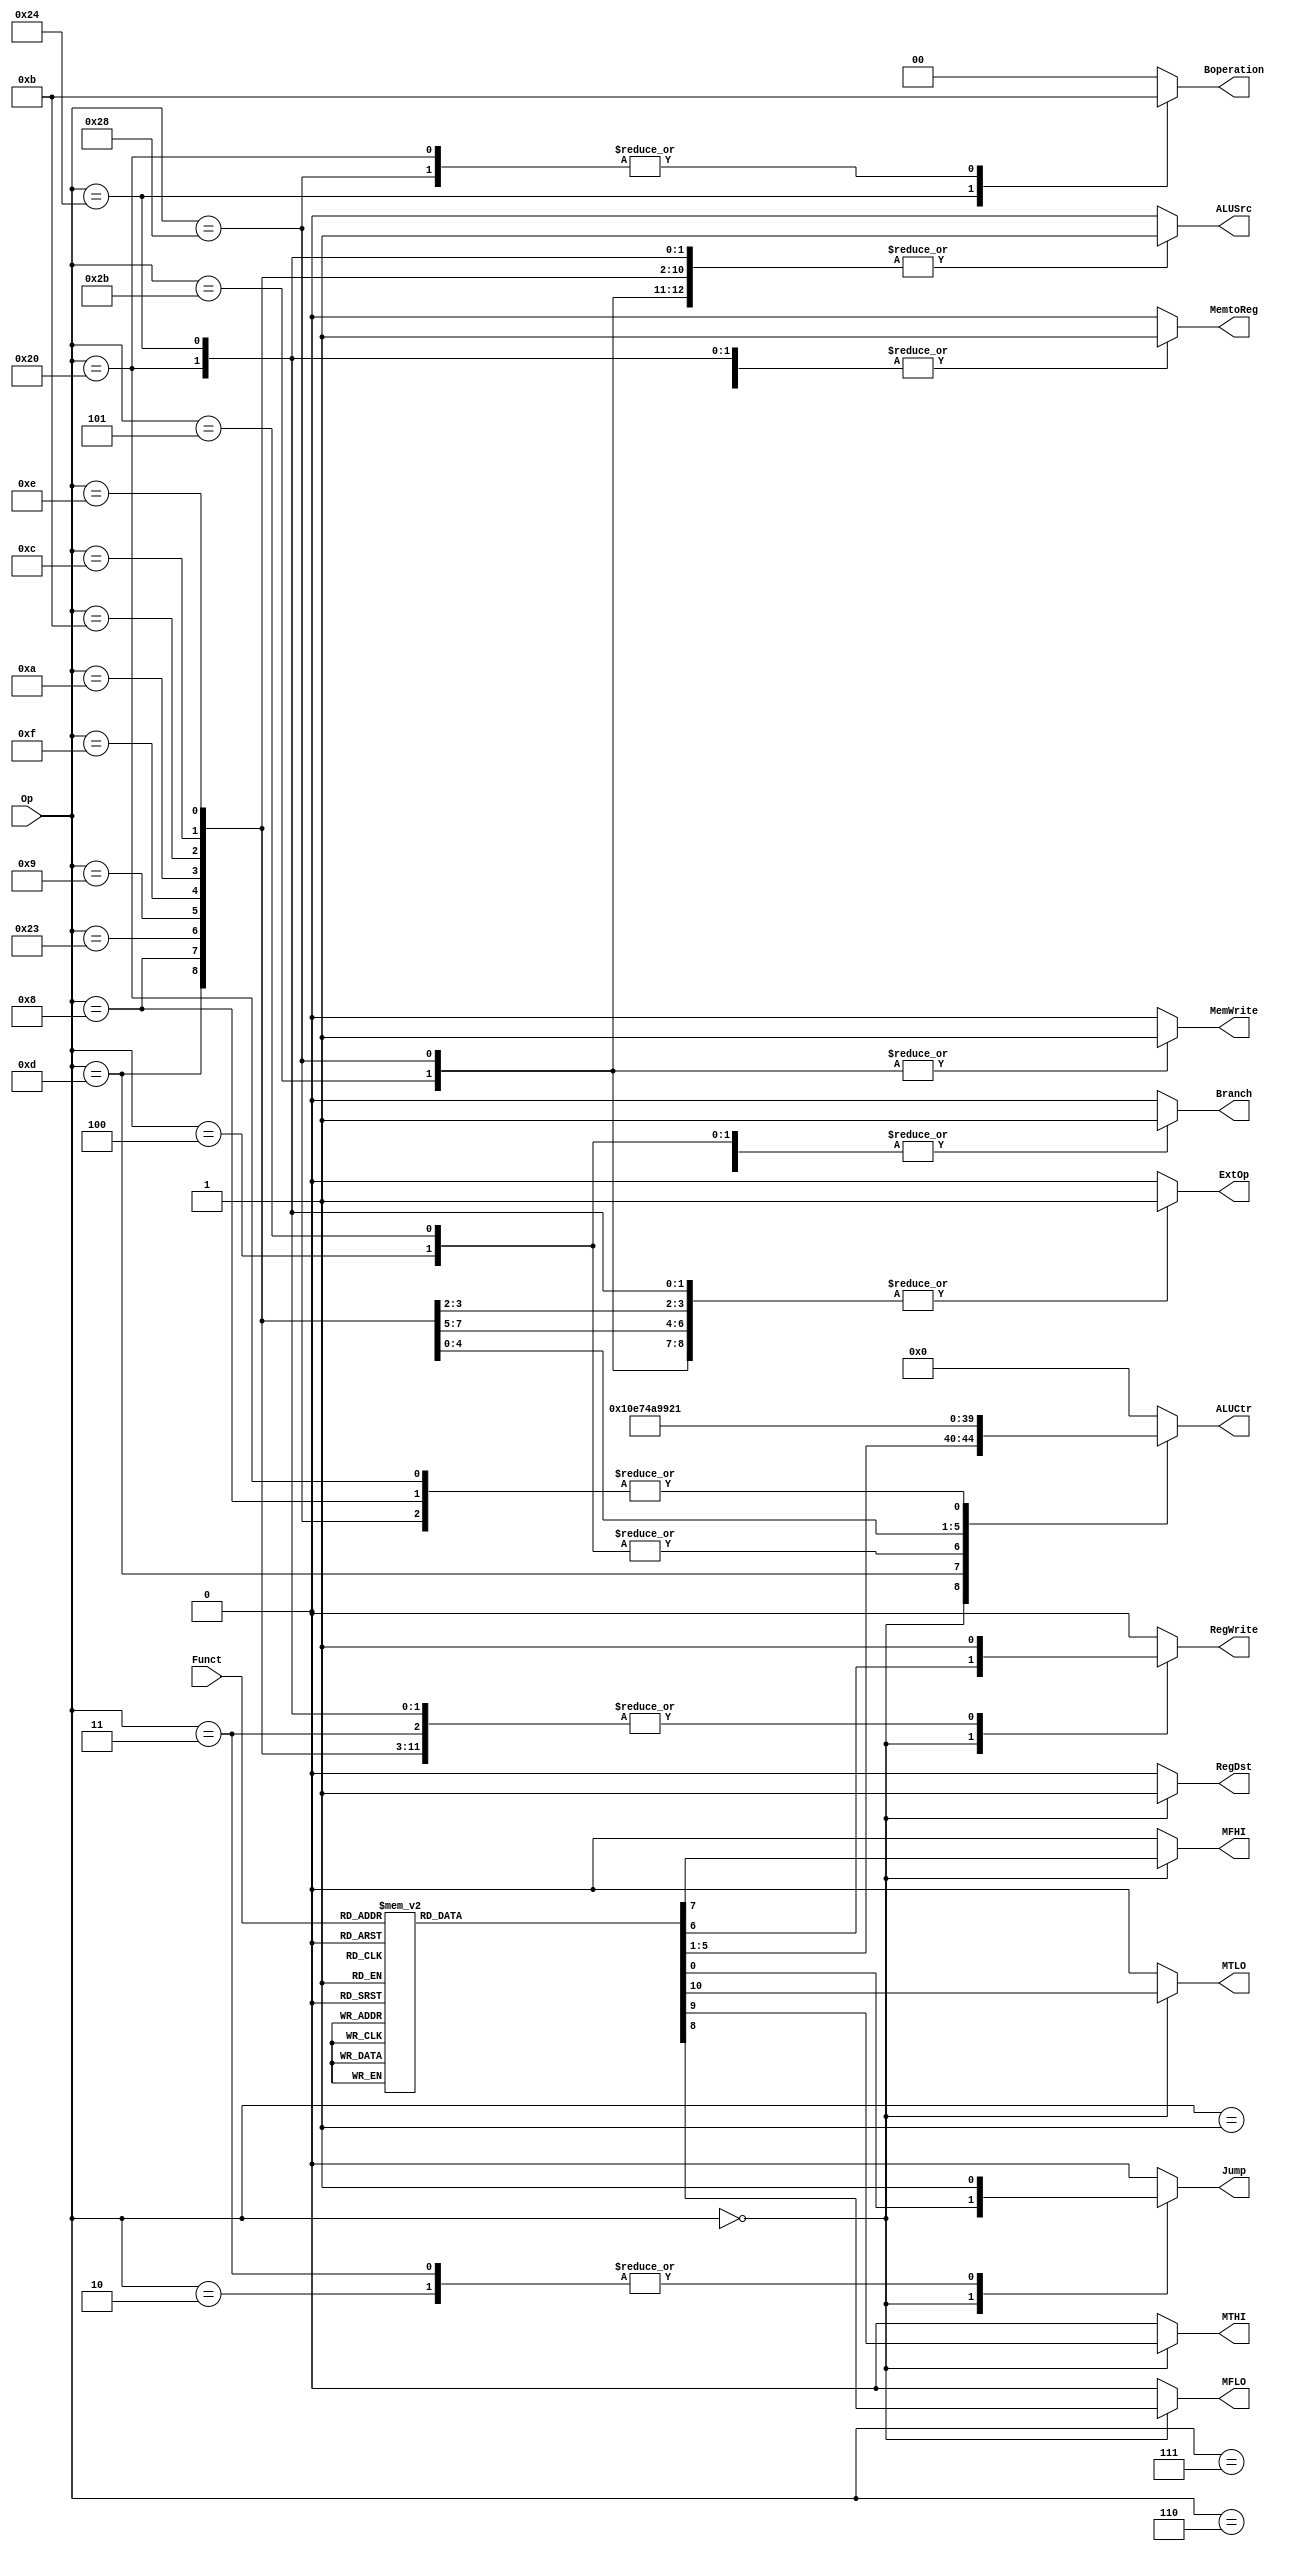
//
module Control_signal(Op,Funct,RegDst,ALUSrc,MemtoReg,RegWrite,MemWrite,Branch,Jump,ExtOp,ALUCtr,Boperation,MFLO,MFHI,MTLO,MTHI);

//Control
input [5:0] Op;													
input [5:0] Funct;

output reg RegDst;
output reg ALUSrc;
output reg MemtoReg;
output reg RegWrite;
output reg MemWrite;
output reg Branch;
output reg Jump;
output reg ExtOp;
output reg MFLO;
output reg MFHI;
output reg MTLO;
output reg MTHI;
output reg [1:0] Boperation;
output reg [4:0] ALUCtr;

always@(*) begin
	case(Op) 
		6'b000000: begin													//R
					Boperation<=0;Branch<=0;RegDst<=1;ALUSrc<=0;MemtoReg<=0;MemWrite<=0;ExtOp<=0;
					case(Funct)
						6'b100000: begin									//add
									Jump<=0;ALUCtr<=5'b00001;RegWrite<=1;MFHI<=0;MFLO<=0;MTHI<=0;MTLO<=0;
								   end
						6'b100001: begin									//addu
									Jump<=0;ALUCtr<=5'b00000;RegWrite<=1;MFHI<=0;MFLO<=0;MTHI<=0;MTLO<=0;
								   end
						6'b100010: begin									//sub
									Jump<=0;ALUCtr<=5'b00100;RegWrite<=1;MFHI<=0;MFLO<=0;MTHI<=0;MTLO<=0;
								   end
						6'b100011: begin									//subu
									Jump<=0;ALUCtr<=5'b00011;RegWrite<=1;MFHI<=0;MFLO<=0;MTHI<=0;MTLO<=0;
								   end
						6'b101010: begin									//slt()
									Jump<=0;ALUCtr<=5'b00101;RegWrite<=1;MFHI<=0;MFLO<=0;MTHI<=0;MTLO<=0;
								   end
						6'b100100: begin									//and
									Jump<=0;ALUCtr<=5'b00110;RegWrite<=1;MFHI<=0;MFLO<=0;MTHI<=0;MTLO<=0;
								   end
						6'b100111: begin									//nor()
									Jump<=0;ALUCtr<=5'b00111;RegWrite<=1;MFHI<=0;MFLO<=0;MTHI<=0;MTLO<=0;
								   end
						6'b100101: begin									//or()
									Jump<=0;ALUCtr<=5'b00010;RegWrite<=1;MFHI<=0;MFLO<=0;MTHI<=0;MTLO<=0;
								   end
						6'b100110: begin									//xor()
									Jump<=0;ALUCtr<=5'b01001;RegWrite<=1;MFHI<=0;MFLO<=0;MTHI<=0;MTLO<=0;
								   end
						6'b000000: begin									//SLL()
									Jump<=0;ALUCtr<=5'b01010;RegWrite<=1;MFHI<=0;MFLO<=0;MTHI<=0;MTLO<=0;
								   end
						6'b000010: begin									//SrL()
									Jump<=0;ALUCtr<=5'b01011;RegWrite<=1;MFHI<=0;MFLO<=0;MTHI<=0;MTLO<=0;
								   end
						6'b101011: begin									//SLtu()
									Jump<=0;ALUCtr<=5'b01100;RegWrite<=1;MFHI<=0;MFLO<=0;MTHI<=0;MTLO<=0;
								   end
						6'b001001: begin									//jalr
									Jump<=1;ALUCtr<=5'b00000;RegWrite<=1;MFHI<=0;MFLO<=0;MTHI<=0;MTLO<=0;
								   end
						6'b001000: begin									//jr
									Jump<=1;ALUCtr<=5'b00000;RegWrite<=1;MFHI<=0;MFLO<=0;MTHI<=0;MTLO<=0;
								   end
						6'b000100: begin									//SLLV()
									Jump<=0;ALUCtr<=5'b01111;RegWrite<=1;MFHI<=0;MFLO<=0;MTHI<=0;MTLO<=0;
								   end
						6'b000011: begin									//Sra()
									Jump<=0;ALUCtr<=5'b10000;RegWrite<=1;MFHI<=0;MFLO<=0;MTHI<=0;MTLO<=0;
								   end
						6'b000111: begin									//Srav()
									Jump<=0;ALUCtr<=5'b10001;RegWrite<=1;MFHI<=0;MFLO<=0;MTHI<=0;MTLO<=0;
								   end
						6'b000110: begin									//Srlv()
									Jump<=0;ALUCtr<=5'b10010;RegWrite<=1;MFHI<=0;MFLO<=0;MTHI<=0;MTLO<=0;
								   end		   
						6'b011000: begin									//MULT
									Jump<=0;ALUCtr<=5'b10110;RegWrite<=0;MFHI<=0;MFLO<=0;MTHI<=1;MTLO<=1;				//
								   end
						6'b010010: begin									//MFLO
									Jump<=0;ALUCtr<=5'b00000;RegWrite<=1;MFHI<=0;MFLO<=1;MTHI<=0;MTLO<=0;
								   end
						6'b010000: begin									//MFHI
									Jump<=0;ALUCtr<=5'b00000;RegWrite<=1;MFHI<=1;MFLO<=0;MTHI<=0;MTLO<=0;
								   end
						6'b010011: begin									//MTLO
									Jump<=0;ALUCtr<=5'b10111;RegWrite<=0;MFHI<=0;MFLO<=0;MTHI<=0;MTLO<=1;
									end
						6'b010001: begin									//MTHI
									Jump<=0;ALUCtr<=5'b11000;RegWrite<=0;MFHI<=0;MFLO<=0;MTHI<=1;MTLO<=0;
									end	
						
						default:   begin
									Jump<=0;ALUCtr<=5'b00000;RegWrite<=0;MFHI<=0;MFLO<=0;MTHI<=0;MTLO<=0;
								   end
					endcase
				   end
		6'b001101: begin			//ori
					Branch<=0;Jump<=0;RegDst<=0;ALUSrc<=1;MemtoReg<=0;RegWrite<=1;MemWrite<=0;ExtOp<=0;ALUCtr<=5'b00010;Boperation<=2'b00;MFHI<=0;MFLO<=0;MTHI<=0;MTLO<=0;
				   end
		6'b001000: begin			//addi
					Branch<=0;Jump<=0;RegDst<=0;ALUSrc<=1;MemtoReg<=0;RegWrite<=1;MemWrite<=0;ExtOp<=1;ALUCtr<=5'b00001;Boperation<=2'b00;MFHI<=0;MFLO<=0;MTHI<=0;MTLO<=0;
				   end
		6'b100011: begin			//lw
					Branch<=0;Jump<=0;RegDst<=0;ALUSrc<=1;MemtoReg<=1;RegWrite<=1;MemWrite<=0;ExtOp<=1;ALUCtr<=5'b00000;Boperation<=2'b00;MFHI<=0;MFLO<=0;MTHI<=0;MTLO<=0;
				   end
		6'b101011: begin			//sw
					Branch<=0;Jump<=0;RegDst<=0;ALUSrc<=1;MemtoReg<=0;RegWrite<=0;MemWrite<=1;ExtOp<=1;ALUCtr<=5'b00000;Boperation<=2'b00;MFHI<=0;MFLO<=0;MTHI<=0;MTLO<=0;
				   end
		6'b000100: begin			//beq
					Branch<=1;Jump<=0;RegDst<=0;ALUSrc<=0;MemtoReg<=0;RegWrite<=0;MemWrite<=0;ExtOp<=0;ALUCtr<=5'b00011;Boperation<=2'b00;MFHI<=0;MFLO<=0;MTHI<=0;MTLO<=0;
				   end
		6'b001001: begin			//addiu
					Branch<=0;Jump<=0;RegDst<=0;ALUSrc<=1;MemtoReg<=0;RegWrite<=1;MemWrite<=0;ExtOp<=1;ALUCtr<=5'b00000;Boperation<=2'b00;MFHI<=0;MFLO<=0;MTHI<=0;MTLO<=0;
				   end
		6'b000101: begin			//bne
					Branch<=1;Jump<=0;RegDst<=0;ALUSrc<=0;MemtoReg<=0;RegWrite<=0;MemWrite<=0;ExtOp<=0;ALUCtr<=5'b00011;Boperation<=2'b00;MFHI<=0;MFLO<=0;MTHI<=0;MTLO<=0;
				   end
		6'b001111: begin			//lui
					Branch<=0;Jump<=0;RegDst<=0;ALUSrc<=1;MemtoReg<=0;RegWrite<=1;MemWrite<=0;ExtOp<=0;ALUCtr<=5'b10011;Boperation<=2'b00;MFHI<=0;MFLO<=0;MTHI<=0;MTLO<=0;
				   end
		6'b001010: begin			//slti
					Branch<=0;Jump<=0;RegDst<=0;ALUSrc<=1;MemtoReg<=0;RegWrite<=1;MemWrite<=0;ExtOp<=1;ALUCtr<=5'b10100;Boperation<=2'b00;MFHI<=0;MFLO<=0;MTHI<=0;MTLO<=0;
				   end
		6'b001011: begin			//sltiu()
					Branch<=0;Jump<=0;RegDst<=0;ALUSrc<=1;MemtoReg<=0;RegWrite<=1;MemWrite<=0;ExtOp<=1;ALUCtr<=5'b10101;Boperation<=2'b00;MFHI<=0;MFLO<=0;MTHI<=0;MTLO<=0;
				   end
		6'b000001:  begin			//bgezbltz
					Branch<=1;Jump<=0;RegDst<=0;ALUSrc<=0;MemtoReg<=0;RegWrite<=0;MemWrite<=0;ExtOp<=0;ALUCtr<=0;Boperation<=2'b00;MFHI<=0;MFLO<=0;MTHI<=0;MTLO<=0;
				   end
		6'b000111:  begin			//bgtz
					Branch<=1;Jump<=0;RegDst<=0;ALUSrc<=0;MemtoReg<=0;RegWrite<=0;MemWrite<=0;ExtOp<=0;ALUCtr<=0;Boperation<=2'b00;MFHI<=0;MFLO<=0;MTHI<=0;MTLO<=0;
				   end
		6'b000110:  begin			//blez
					Branch<=1;Jump<=0;RegDst<=0;ALUSrc<=0;MemtoReg<=0;RegWrite<=0;MemWrite<=0;ExtOp<=0;ALUCtr<=0;Boperation<=2'b00;MFHI<=0;MFLO<=0;MTHI<=0;MTLO<=0;
				   end
		6'b001100:  begin			//andi
					Branch<=0;Jump<=0;RegDst<=0;ALUSrc<=1;MemtoReg<=0;RegWrite<=1;MemWrite<=0;ExtOp<=0;ALUCtr<=5'b00110;Boperation<=2'b00;MFHI<=0;MFLO<=0;MTHI<=0;MTLO<=0;
				   end
		6'b001101:  begin			//ori
					Branch<=0;Jump<=0;RegDst<=0;ALUSrc<=1;MemtoReg<=0;RegWrite<=1;MemWrite<=0;ExtOp<=0;ALUCtr<=5'b01000;Boperation<=2'b00;MFHI<=0;MFLO<=0;MTHI<=0;MTLO<=0;
				   end
		6'b001110:  begin			//xori
					Branch<=0;Jump<=0;RegDst<=0;ALUSrc<=1;MemtoReg<=0;RegWrite<=1;MemWrite<=0;ExtOp<=0;ALUCtr<=5'b01001;Boperation<=2'b00;MFHI<=0;MFLO<=0;MTHI<=0;MTLO<=0;
				   end
		6'b000010:  begin			//j
					Branch<=0;Jump<=1;RegDst<=0;ALUSrc<=0;MemtoReg<=0;RegWrite<=0;MemWrite<=0;ExtOp<=0;ALUCtr<=0;Boperation<=2'b00;MFHI<=0;MFLO<=0;MTHI<=0;MTLO<=0;
				   end	
		6'b000011:  begin			//jal
					Branch<=0;Jump<=1;RegDst<=0;ALUSrc<=0;MemtoReg<=0;RegWrite<=1;MemWrite<=0;ExtOp<=0;ALUCtr<=0;Boperation<=2'b00;MFHI<=0;MFLO<=0;MTHI<=0;MTLO<=0;
				   end
		6'b100000:  begin			//lb()
					Branch<=0;Jump<=0;RegDst<=0;ALUSrc<=1;MemtoReg<=1;RegWrite<=1;MemWrite<=0;ExtOp<=1;Boperation<=2'b11;ALUCtr<=5'b00001;Boperation<=2'b11;MFHI<=0;MFLO<=0;MTHI<=0;MTLO<=0;
				   end
		6'b100100:  begin			//lbu()
					Branch<=0;Jump<=0;RegDst<=0;ALUSrc<=1;MemtoReg<=1;RegWrite<=1;MemWrite<=0;ExtOp<=1;Boperation<=2'b10;ALUCtr<=5'b00000;Boperation<=2'b10;MFHI<=0;MFLO<=0;MTHI<=0;MTLO<=0;
				   end
		6'b101000: begin			//sb()
					Branch<=0;Jump<=0;RegDst<=0;ALUSrc<=1;MemtoReg<=0;RegWrite<=0;MemWrite<=1;Boperation<=2'b10;ExtOp<=1;ALUCtr<=5'b00001;Boperation<=2'b11;MFHI<=0;MFLO<=0;MTHI<=0;MTLO<=0;
				   end
		default:   begin
					Branch<=0;Jump<=0;RegDst<=0;ALUSrc<=0;MemtoReg<=0;RegWrite<=0;MemWrite<=0;ExtOp<=0;ALUCtr<=5'd0;Boperation<=2'b00;MFHI<=0;MFLO<=0;MTHI<=0;MTLO<=0;
				   end
	endcase
end

endmodule